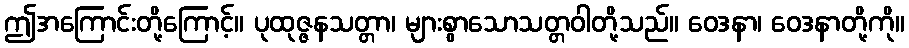
ဤအကြောင်းတို့ကြောင့်။ ပုထုဇ္ဇနသတ္တာ၊ များစွာသောသတ္တဝါတို့သည်။ ဝေဒနာ၊ ဝေဒနာတို့ကို။